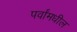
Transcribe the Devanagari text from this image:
पर्वांमधील